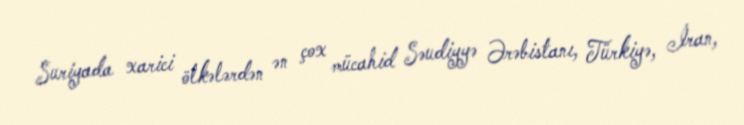
Suriyada xarici ölkələrdən ən çox mücahid Səudiyyə Ərəbistanı, Türkiyə, İran,